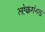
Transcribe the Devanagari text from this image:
लोकमंगळ